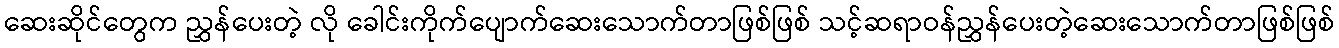
ဆေးဆိုင်တွေက ညွှန်ပေးတဲ့ လို ခေါင်းကိုက်ပျောက်ဆေးသောက်တာဖြစ်ဖြစ် သင့်ဆရာဝန်ညွှန်ပေးတဲ့ဆေးသောက်တာဖြစ်ဖြစ်